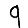
Digit: 9